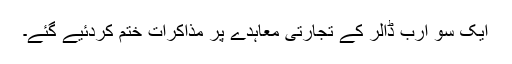
ایک سو ارب ڈالر کے تجارتی معاہدے پر مذاکرات ختم کردئیے گئے۔